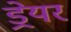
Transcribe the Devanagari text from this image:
ड्रेयर